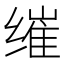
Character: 𮉮